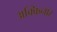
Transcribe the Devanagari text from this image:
अक्किनार